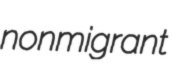
nonmigrant